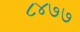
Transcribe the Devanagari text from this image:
८४७७